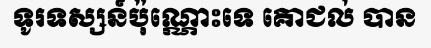
ទូរទស្សន៍ប៉ុណ្ណោះទេ គោជល់ បាន